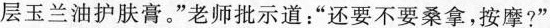
层玉兰油护肤膏。“老师批示道：”还要不要桑拿，按摩？ ”